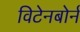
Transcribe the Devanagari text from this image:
विटेनबोर्न